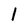
Character: 1